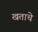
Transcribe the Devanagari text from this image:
खताचे